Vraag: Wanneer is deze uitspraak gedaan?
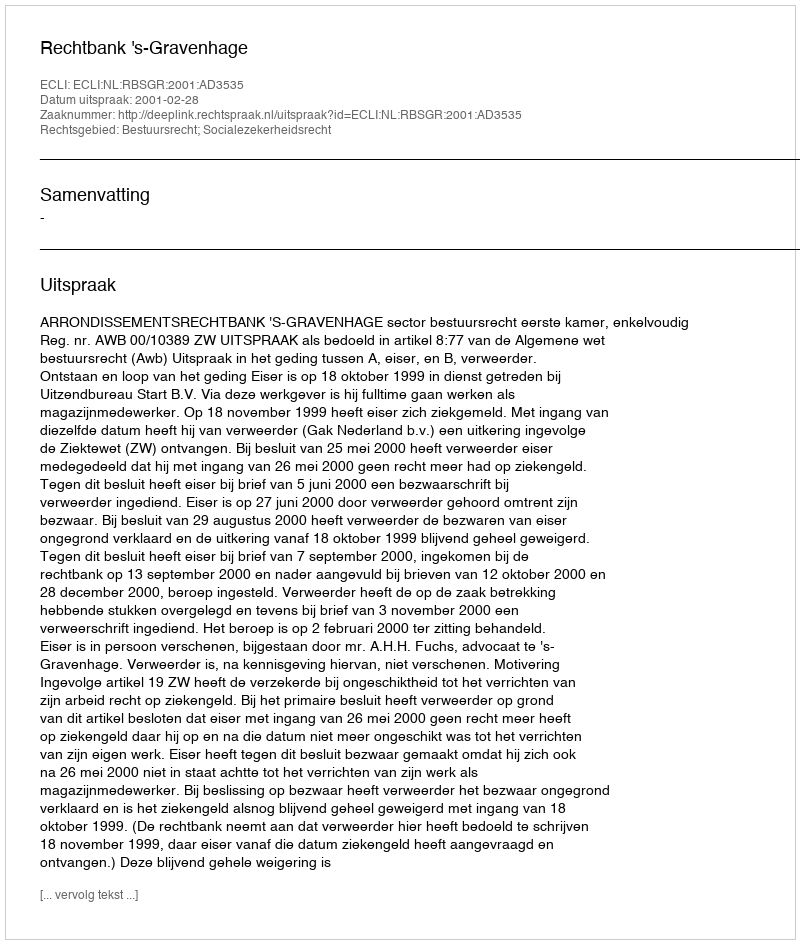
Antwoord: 2001-02-28